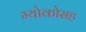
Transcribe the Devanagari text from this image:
म्योकोसह